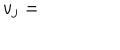
v _ { j } =